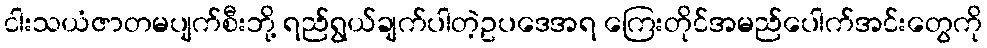
ငါးသယံဇာတမပျက်စီးဘို့ ရည်ရွယ်ချက်ပါတဲ့ဥပဒေအရ ကြေးတိုင်အမည်ပေါက်အင်းတွေကို